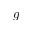
g